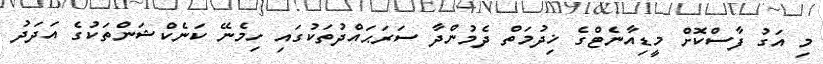
މި އަގު ފާސްކޮށް މީޑިއާނެޓްގެ ޚިދުމަތް ދެމުންދާ ސަރަޙައްދުތަކުގައި ހިމެނޭ ކަނެކްޝަންތަކުގެ އަދަދު